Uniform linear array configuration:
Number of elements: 32
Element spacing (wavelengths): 0.5
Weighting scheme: kaiser
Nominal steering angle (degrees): -15
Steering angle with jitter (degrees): -13.998
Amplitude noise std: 0.05
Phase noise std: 0.05

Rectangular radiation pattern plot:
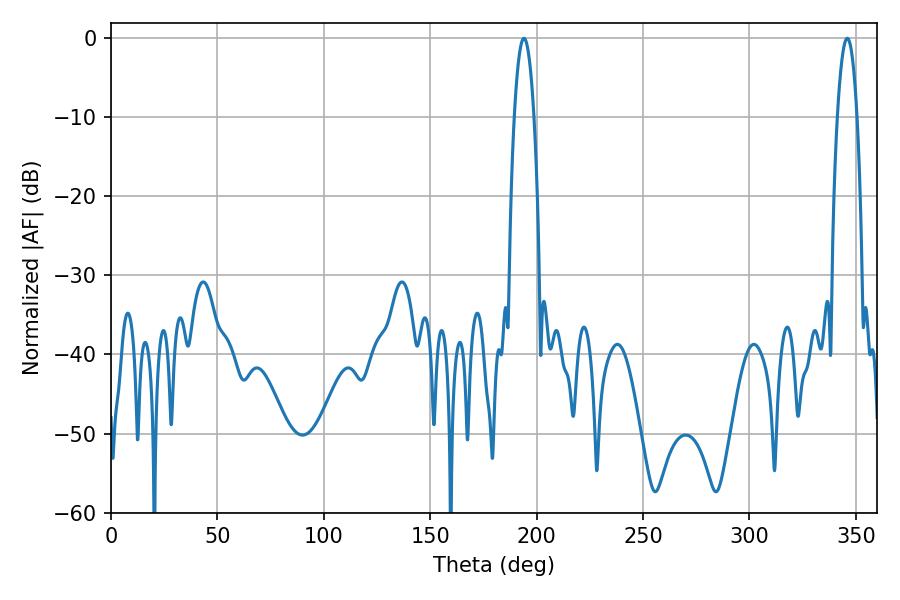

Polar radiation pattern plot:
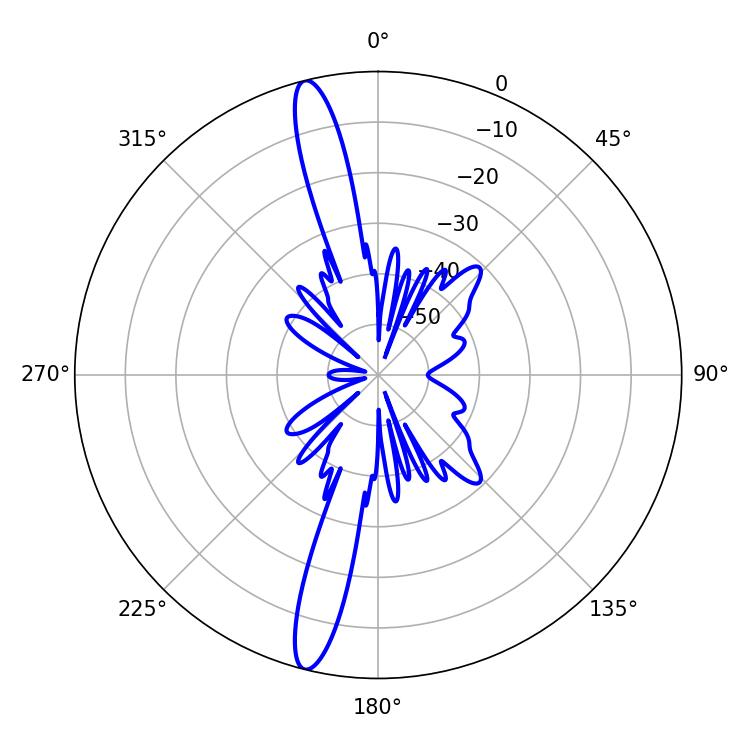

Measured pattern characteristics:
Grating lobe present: FALSE
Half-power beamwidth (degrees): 5.04
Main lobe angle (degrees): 194.04